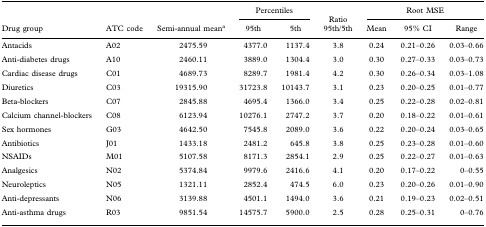
<table><thead><tr><td></td><td></td><td></td><td colspan="2"><b>Percentiles</b></td><td rowspan="2"><b>Ratio 95th/5th</b></td><td colspan="3"><b>Root MSE</b></td></tr><tr><td><b>Drug group</b></td><td><b>ATC code</b></td><td><b>Semi-annual mean<sup>a</sup></b></td><td><b>95th</b></td><td><b>5th</b></td><td><b>Mean</b></td><td><b>95% CI</b></td><td><b>Range</b></td></tr></thead><tbody><tr><td>Antacids</td><td>A02</td><td>2475.59</td><td>4377.0</td><td>1137.4</td><td>3.8</td><td>0.24</td><td>0.21–0.26</td><td>0.03–0.66</td></tr><tr><td>Anti-diabetes drugs</td><td>A10</td><td>2460.11</td><td>3889.0</td><td>1304.4</td><td>3.0</td><td>0.30</td><td>0.27–0.33</td><td>0.03–0.73</td></tr><tr><td>Cardiac disease drugs</td><td>C01</td><td>4689.73</td><td>8289.7</td><td>1981.4</td><td>4.2</td><td>0.30</td><td>0.26–0.34</td><td>0.03–1.08</td></tr><tr><td>Diuretics</td><td>C03</td><td>19315.90</td><td>31723.8</td><td>10143.7</td><td>3.1</td><td>0.23</td><td>0.20–0.25</td><td>0.01–0.77</td></tr><tr><td>Beta-blockers</td><td>C07</td><td>2845.88</td><td>4695.4</td><td>1366.0</td><td>3.4</td><td>0.25</td><td>0.22–0.28</td><td>0.02–0.81</td></tr><tr><td>Calcium channel-blockers</td><td>C08</td><td>6123.94</td><td>10276.1</td><td>2747.2</td><td>3.7</td><td>0.20</td><td>0.18–0.22</td><td>0.01–0.61</td></tr><tr><td>Sex hormones</td><td>G03</td><td>4642.50</td><td>7545.8</td><td>2089.0</td><td>3.6</td><td>0.22</td><td>0.20–0.24</td><td>0.03–0.65</td></tr><tr><td>Antibiotics</td><td>J01</td><td>1433.18</td><td>2481.2</td><td>645.8</td><td>3.8</td><td>0.25</td><td>0.23–0.28</td><td>0.01–0.60</td></tr><tr><td>NSAIDs</td><td>M01</td><td>5107.58</td><td>8171.3</td><td>2854.1</td><td>2.9</td><td>0.25</td><td>0.22–0.27</td><td>0.01–0.63</td></tr><tr><td>Analgesics</td><td>N02</td><td>5374.84</td><td>9979.6</td><td>2416.6</td><td>4.1</td><td>0.20</td><td>0.17–0.22</td><td>0–0.55</td></tr><tr><td>Neuroleptics</td><td>N05</td><td>1321.11</td><td>2852.4</td><td>474.5</td><td>6.0</td><td>0.23</td><td>0.20–0.26</td><td>0.01–0.90</td></tr><tr><td>Anti-depressants</td><td>N06</td><td>3139.88</td><td>4501.1</td><td>1494.0</td><td>3.6</td><td>0.21</td><td>0.19–0.23</td><td>0.02–0.51</td></tr><tr><td>Anti-asthma drugs</td><td>R03</td><td>9851.54</td><td>14575.7</td><td>5900.0</td><td>2.5</td><td>0.28</td><td>0.25–0.31</td><td>0–0.76</td></tr></tbody></table>